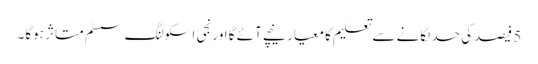
5 فیصد کی حد لگانے سے تعلیم کا معیار نیچے آئے گا اورنجی اسکولنگ سسٹم متاثر ہوگا۔